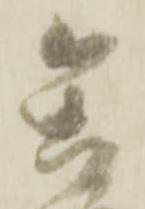
矢